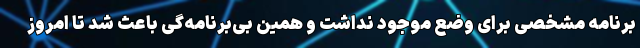
برنامه مشخصی برای وضع موجود نداشت و همین بی‌برنامه‌گی باعث شد تا امروز